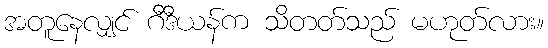
အတူနေလျှင် ဂီဒီယန်က သိတတ်သည် မဟုတ်လား။